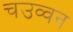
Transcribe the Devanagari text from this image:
चउव्वन